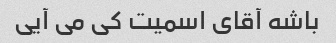
باشه آقای اسمیت کی می آیی